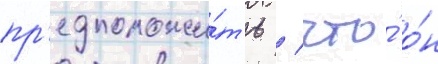
пр'едположи́ть / что́ о́н